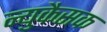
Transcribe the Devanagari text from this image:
न्युकैसक